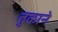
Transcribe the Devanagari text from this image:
तुकाने